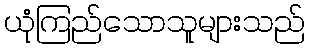
ယုံကြည်သောသူများသည်